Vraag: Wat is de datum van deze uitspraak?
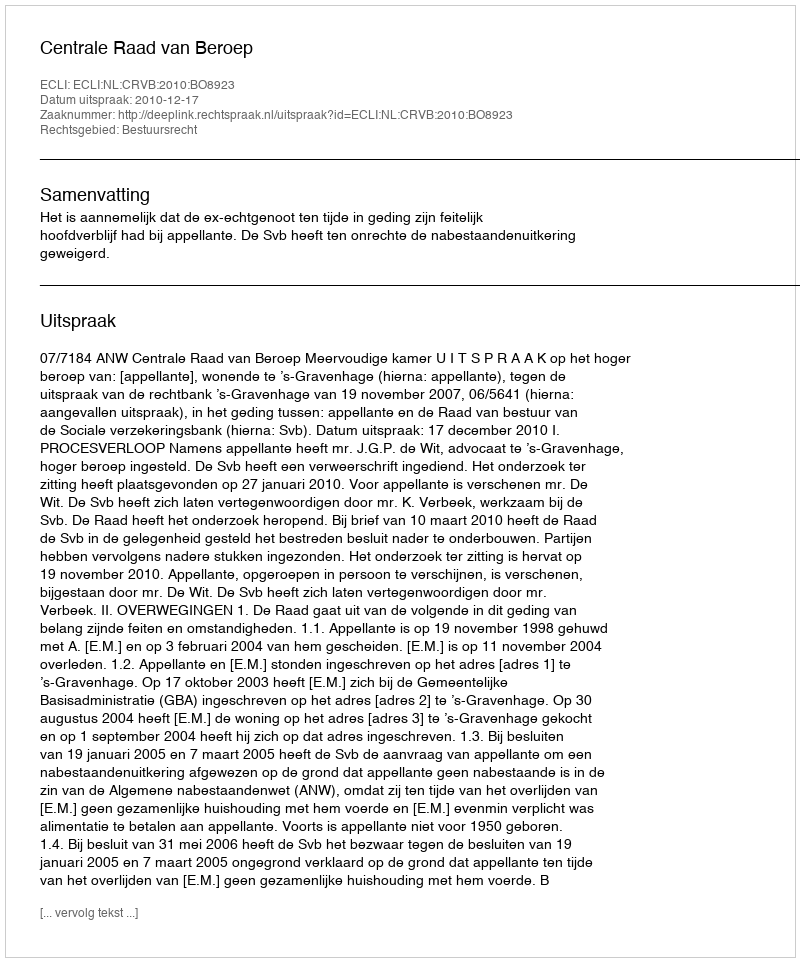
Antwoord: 2010-12-17